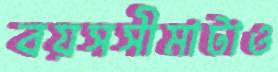
বয়সসীমাটাও